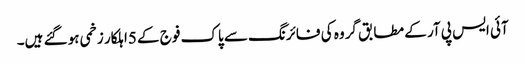
آئی ایس پی آر کے مطابق گروہ کی فائرنگ سے پاک فوج کے 5اہلکار زخمی ہو گئے ہیں۔